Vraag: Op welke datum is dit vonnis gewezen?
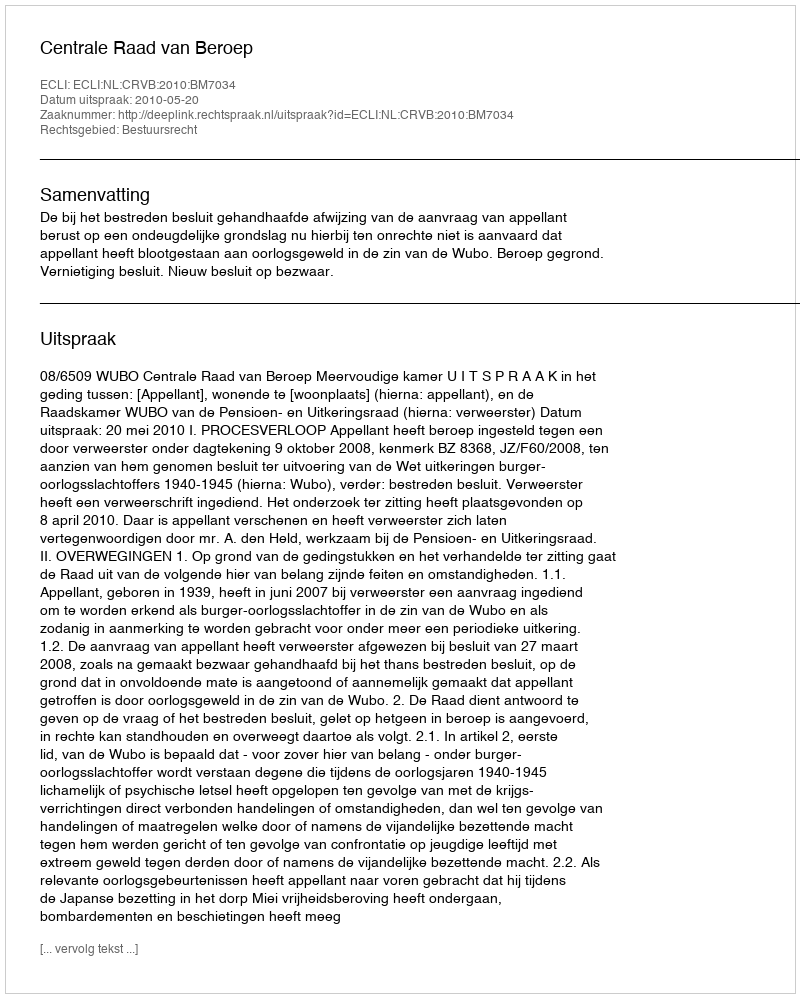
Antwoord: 2010-05-20